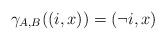
LaTeX: \begin{align*}\gamma_{A,B}((i,x))=(\neg i,x)\end{align*}